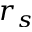
r _ { s }